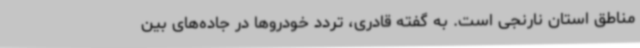
مناطق استان نارنجی است. به گفته قادری، تردد خودروها در جاده‌های بین